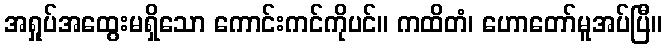
အရှုပ်အထွေးမရှိသော ကောင်းကင်ကိုပင်။ ကထိတံ၊ ဟောတော်မူအပ်ပြီ။